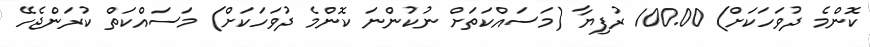
ކޮންމެ ދުވަހަކަށް) 100.00 ރުފިޔާ (މަސައްކަތަށް ނުކުންނަ ކޮންމެ ދުވަހަކަށް) މަސައްކަތް ކުރަންޖެހޭ